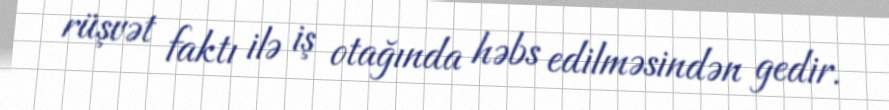
rüşvət faktı ilə iş otağında həbs edilməsindən gedir.